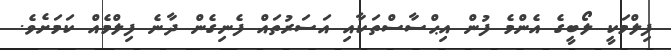
ފިލްމަކީ ލޯބީގެ އެންމެ ފުން އިޙްސާސްތަކާއި އަސަރުތައް ފެނިގެން ދާނެ ފިލްމެއް ކަމަށެވެ.